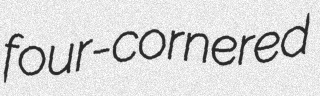
four-cornered